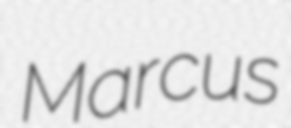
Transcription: Marcus